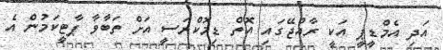
އަދި އެމްޑީޕީ އަކީ ރާއްޖޭގައި އޮތް ޑިމޮކްރަސީ އަށް ތަބާވާ ޕާޓީކަމުން އެ